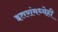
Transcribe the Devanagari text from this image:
इतरांमध्येही